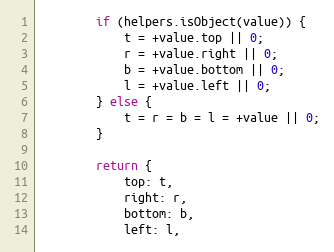
Language: JavaScript
		if (helpers.isObject(value)) {
			t = +value.top || 0;
			r = +value.right || 0;
			b = +value.bottom || 0;
			l = +value.left || 0;
		} else {
			t = r = b = l = +value || 0;
		}

		return {
			top: t,
			right: r,
			bottom: b,
			left: l,